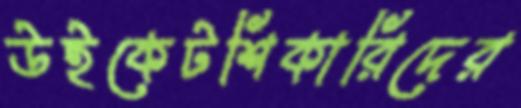
উইকেটশিকারিদের